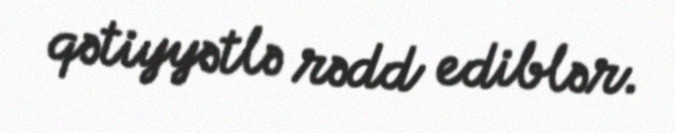
qətiyyətlə rədd ediblər.